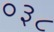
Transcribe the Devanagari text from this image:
०३८